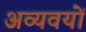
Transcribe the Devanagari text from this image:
अव्यवयों